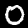
Digit: 0